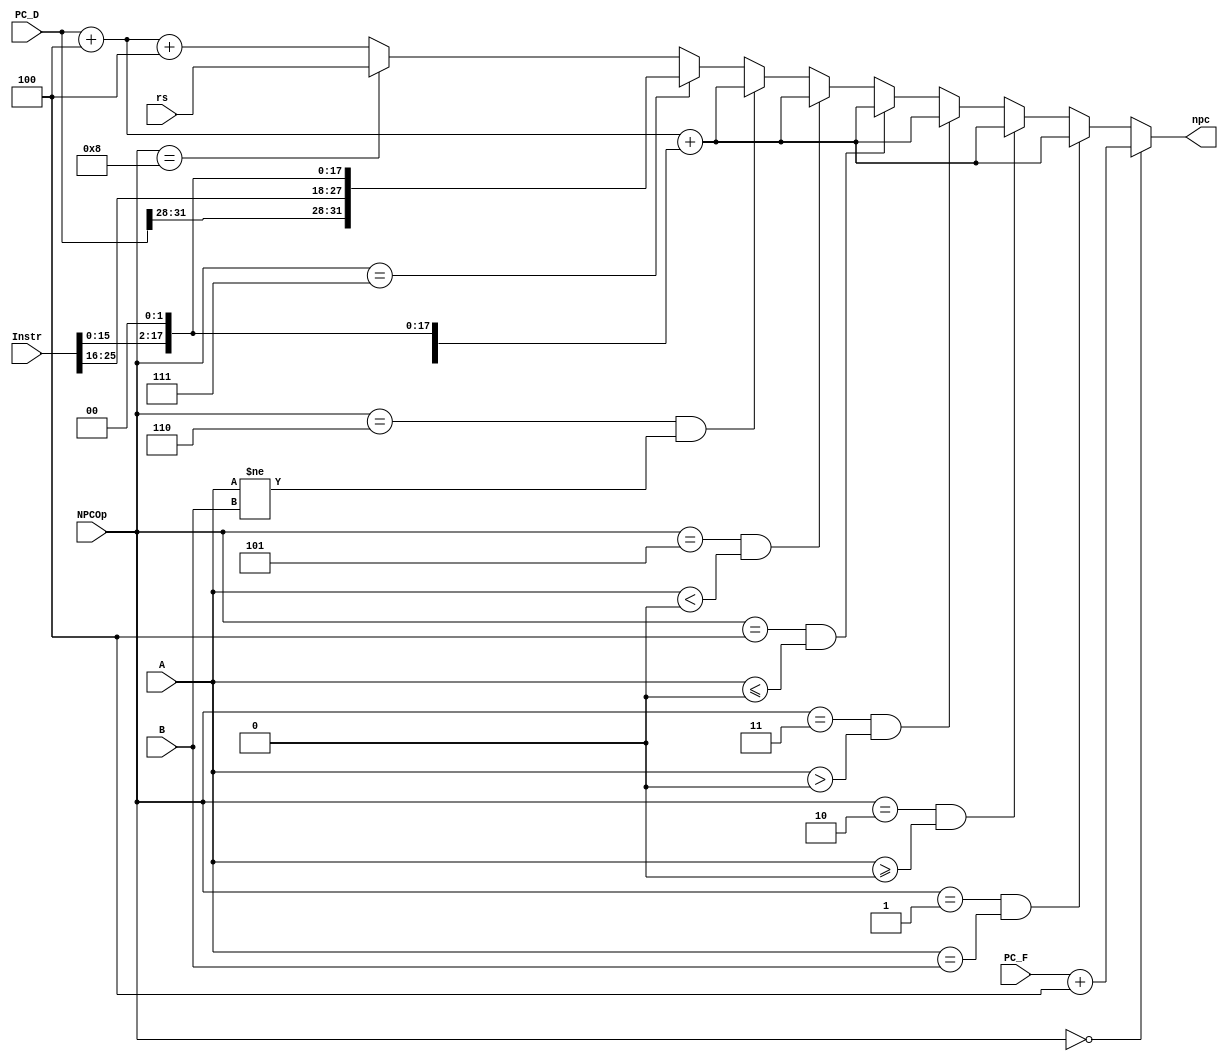
`timescale 1ns / 1ps
//////////////////////////////////////////////////////////////////////////////////
// Company: 
// Engineer: 
// 
// Design Name: 
// Module Name:    nPC 
// Project Name: 
// Target Devices: 
// Tool versions: 
// Description: 
//
// Dependencies: 
//
// Revision: 
// Revision 0.01 - File Created
// Additional Comments: 
//
//////////////////////////////////////////////////////////////////////////////////
module NPC(
    input [25:0] Instr,
	 input [31:0] PC_F,
	 input [31:0] PC_D,
    input [31:0] rs,
	 input [31:0] A,
	 input [31:0] B,
    input [3:0] NPCOp,
    output [31:0] npc
    );

	wire [15:0] offset;
	wire [31:0] PC_F4;
	wire [31:0] PC_D4;
	parameter	OTHER = 4'b0000,
					BEQ	= 4'b0001,
					BGEZ 	= 4'b0010,
					BGTZ 	= 4'b0011,
					BLEZ	= 4'b0100,
					BLTZ	= 4'b0101,
					BNE	= 4'b0110,
					J_JAL	= 4'b0111,
					JALR_JR=4'b1000;
	
	assign offset = Instr[15:0];
	
	assign PC_F4 = PC_F + 4;
	assign PC_D4 = PC_D + 4;
	
	assign npc =  (NPCOp == OTHER) 							? PC_F4 :
					 ((NPCOp == BEQ)  & (A == B)) 			? PC_D4 + {{14{offset[15]}},offset,2'b00} :
					 ((NPCOp == BGEZ) & ($signed(A) >= 0)) ? PC_D4 + {{14{offset[15]}},offset,2'b00} :
					 ((NPCOp == BGTZ) & ($signed(A) >  0)) ? PC_D4 + {{14{offset[15]}},offset,2'b00} :
					 ((NPCOp == BLEZ) & ($signed(A) <= 0)) ? PC_D4 + {{14{offset[15]}},offset,2'b00} :
					 ((NPCOp == BLTZ) & ($signed(A) <  0)) ? PC_D4 + {{14{offset[15]}},offset,2'b00} :
					 ((NPCOp == BNE)  & (A != B)) 			? PC_D4 + {{14{offset[15]}},offset,2'b00} :
					  (NPCOp == J_JAL) 							? {PC_D[31:28],Instr,2'b00} : 
					  (NPCOp == JALR_JR)							? rs :
																		  PC_D4 + 4;
																  
endmodule